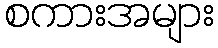
စကားအများ